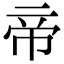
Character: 帝